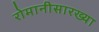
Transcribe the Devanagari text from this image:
रोमानीसारख्या